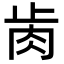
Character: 𦙡